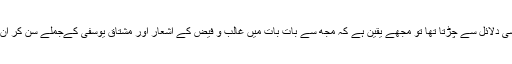
اگر میں ان کے ثقیل سائنسی دلائل سے چڑتا تھا تو مجھے یقین ہے کہ مجھ سے بات بات میں غالب و فیض کے اشعار اور مشتاق یوسفی کےجملے سن کر ان کا بھی خون کھولتا ہو گا۔